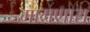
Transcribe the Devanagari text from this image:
मागणारा